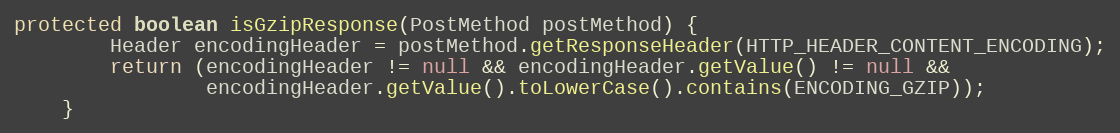
Language: Java
protected boolean isGzipResponse(PostMethod postMethod) {
        Header encodingHeader = postMethod.getResponseHeader(HTTP_HEADER_CONTENT_ENCODING);
        return (encodingHeader != null && encodingHeader.getValue() != null &&
                encodingHeader.getValue().toLowerCase().contains(ENCODING_GZIP));
    }